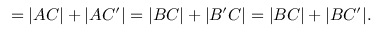
= | A C | + | A C ^ { \prime } | = | B C | + | B ^ { \prime } C | = | B C | + | B C ^ { \prime } | .